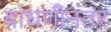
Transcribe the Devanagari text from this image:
बांधणीनंतर